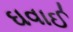
ઘવાઈ